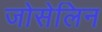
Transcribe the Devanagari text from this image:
जोसेलिन